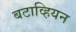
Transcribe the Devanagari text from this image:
बटाव्हियन